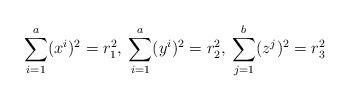
LaTeX: \begin{align*} \sum_{i=1}^{a}(x^{i})^{2}=r_{1}^{2},\:\sum_{i=1}^{a}(y^{i})^{2}=r_{2}^{2},\:\sum_{j=1}^{b}(z^{j})^{2}=r_{3}^{2}\end{align*}